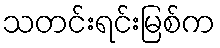
သတင်းရင်းမြစ်က